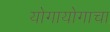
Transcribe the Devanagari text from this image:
योगायोगाचा